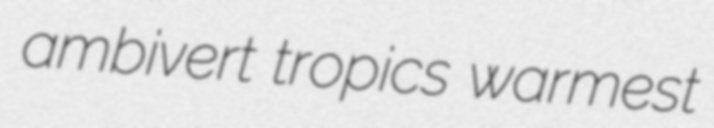
ambivert tropics warmest